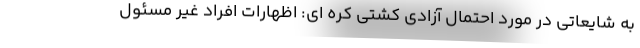
به شایعاتی در مورد احتمال آزادی کشتی کره ای: اظهارات افراد غیر مسئول